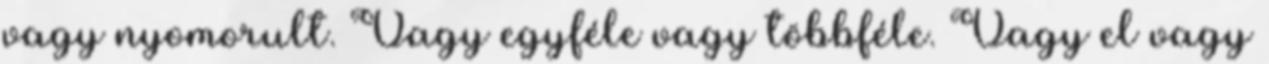
vagy nyomorult. Vagy egyféle vagy többféle. Vagy el vagy